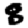
Digit: 8